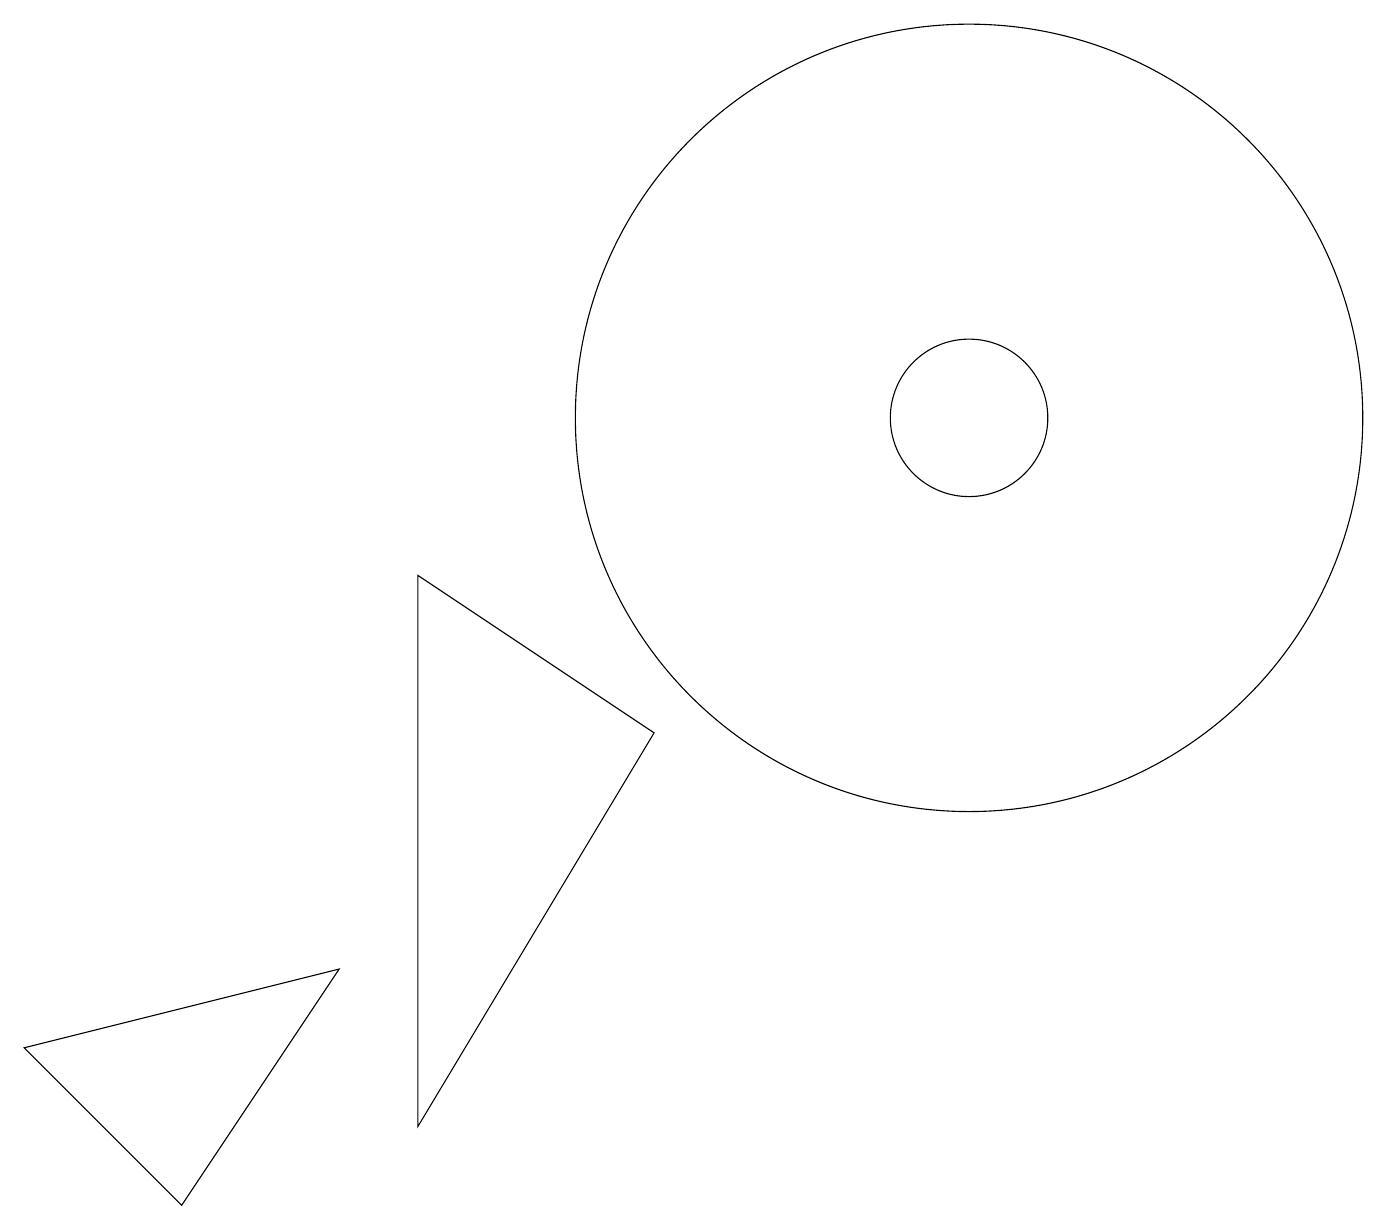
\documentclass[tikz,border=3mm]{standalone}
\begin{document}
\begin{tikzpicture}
\draw (2,1) -- (4,4) -- (0,3) -- cycle;
\draw (5,9) -- (5,2) -- (8,7) -- cycle;
\draw (12,11) circle (5);
\draw (12,11) circle (1);
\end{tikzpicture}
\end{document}